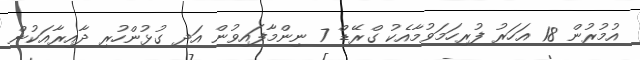
އުމުރުން 18 އަހަރު ފުރިހަމަވުމާއެކު ގްރޭޑް 7 ނިންމާފައިވުން އަދި ގުޅުންހުރި ދާއިރާއަކުން